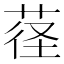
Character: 𱽮